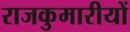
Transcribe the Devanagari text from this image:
राजकुमारीयों